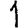
Digit: 1